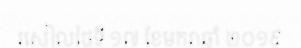
រសៀលថ្ងៃទី ១៧ ខែមករាឆ្នាំ ២០១៩